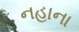
નહાના